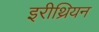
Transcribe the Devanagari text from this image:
इरीथ्रियन